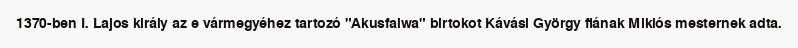
1370-ben I. Lajos király az e vármegyéhez tartozó "Akusfalwa" birtokot Kávási György fiának Miklós mesternek adta.